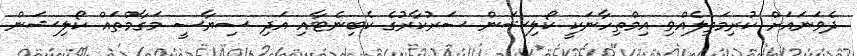
ދެވަނައަށް ކުރިމަތިލެއްވި އިމްތިހާނަކީ ކޯލިޝަން ސަރުކާރުގެ ކެބިނެޓާއި އަދި ސިޔާސީ މަގާމްތައް ކޯލިޝަން